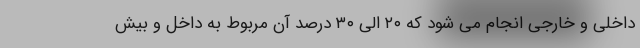
داخلی و خارجی انجام می شود که ۲۰ الی ۳۰ درصد آن مربوط به داخل و بیش